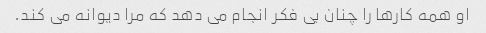
او همه کارها را چنان بی فکر انجام می دهد که مرا دیوانه می کند.